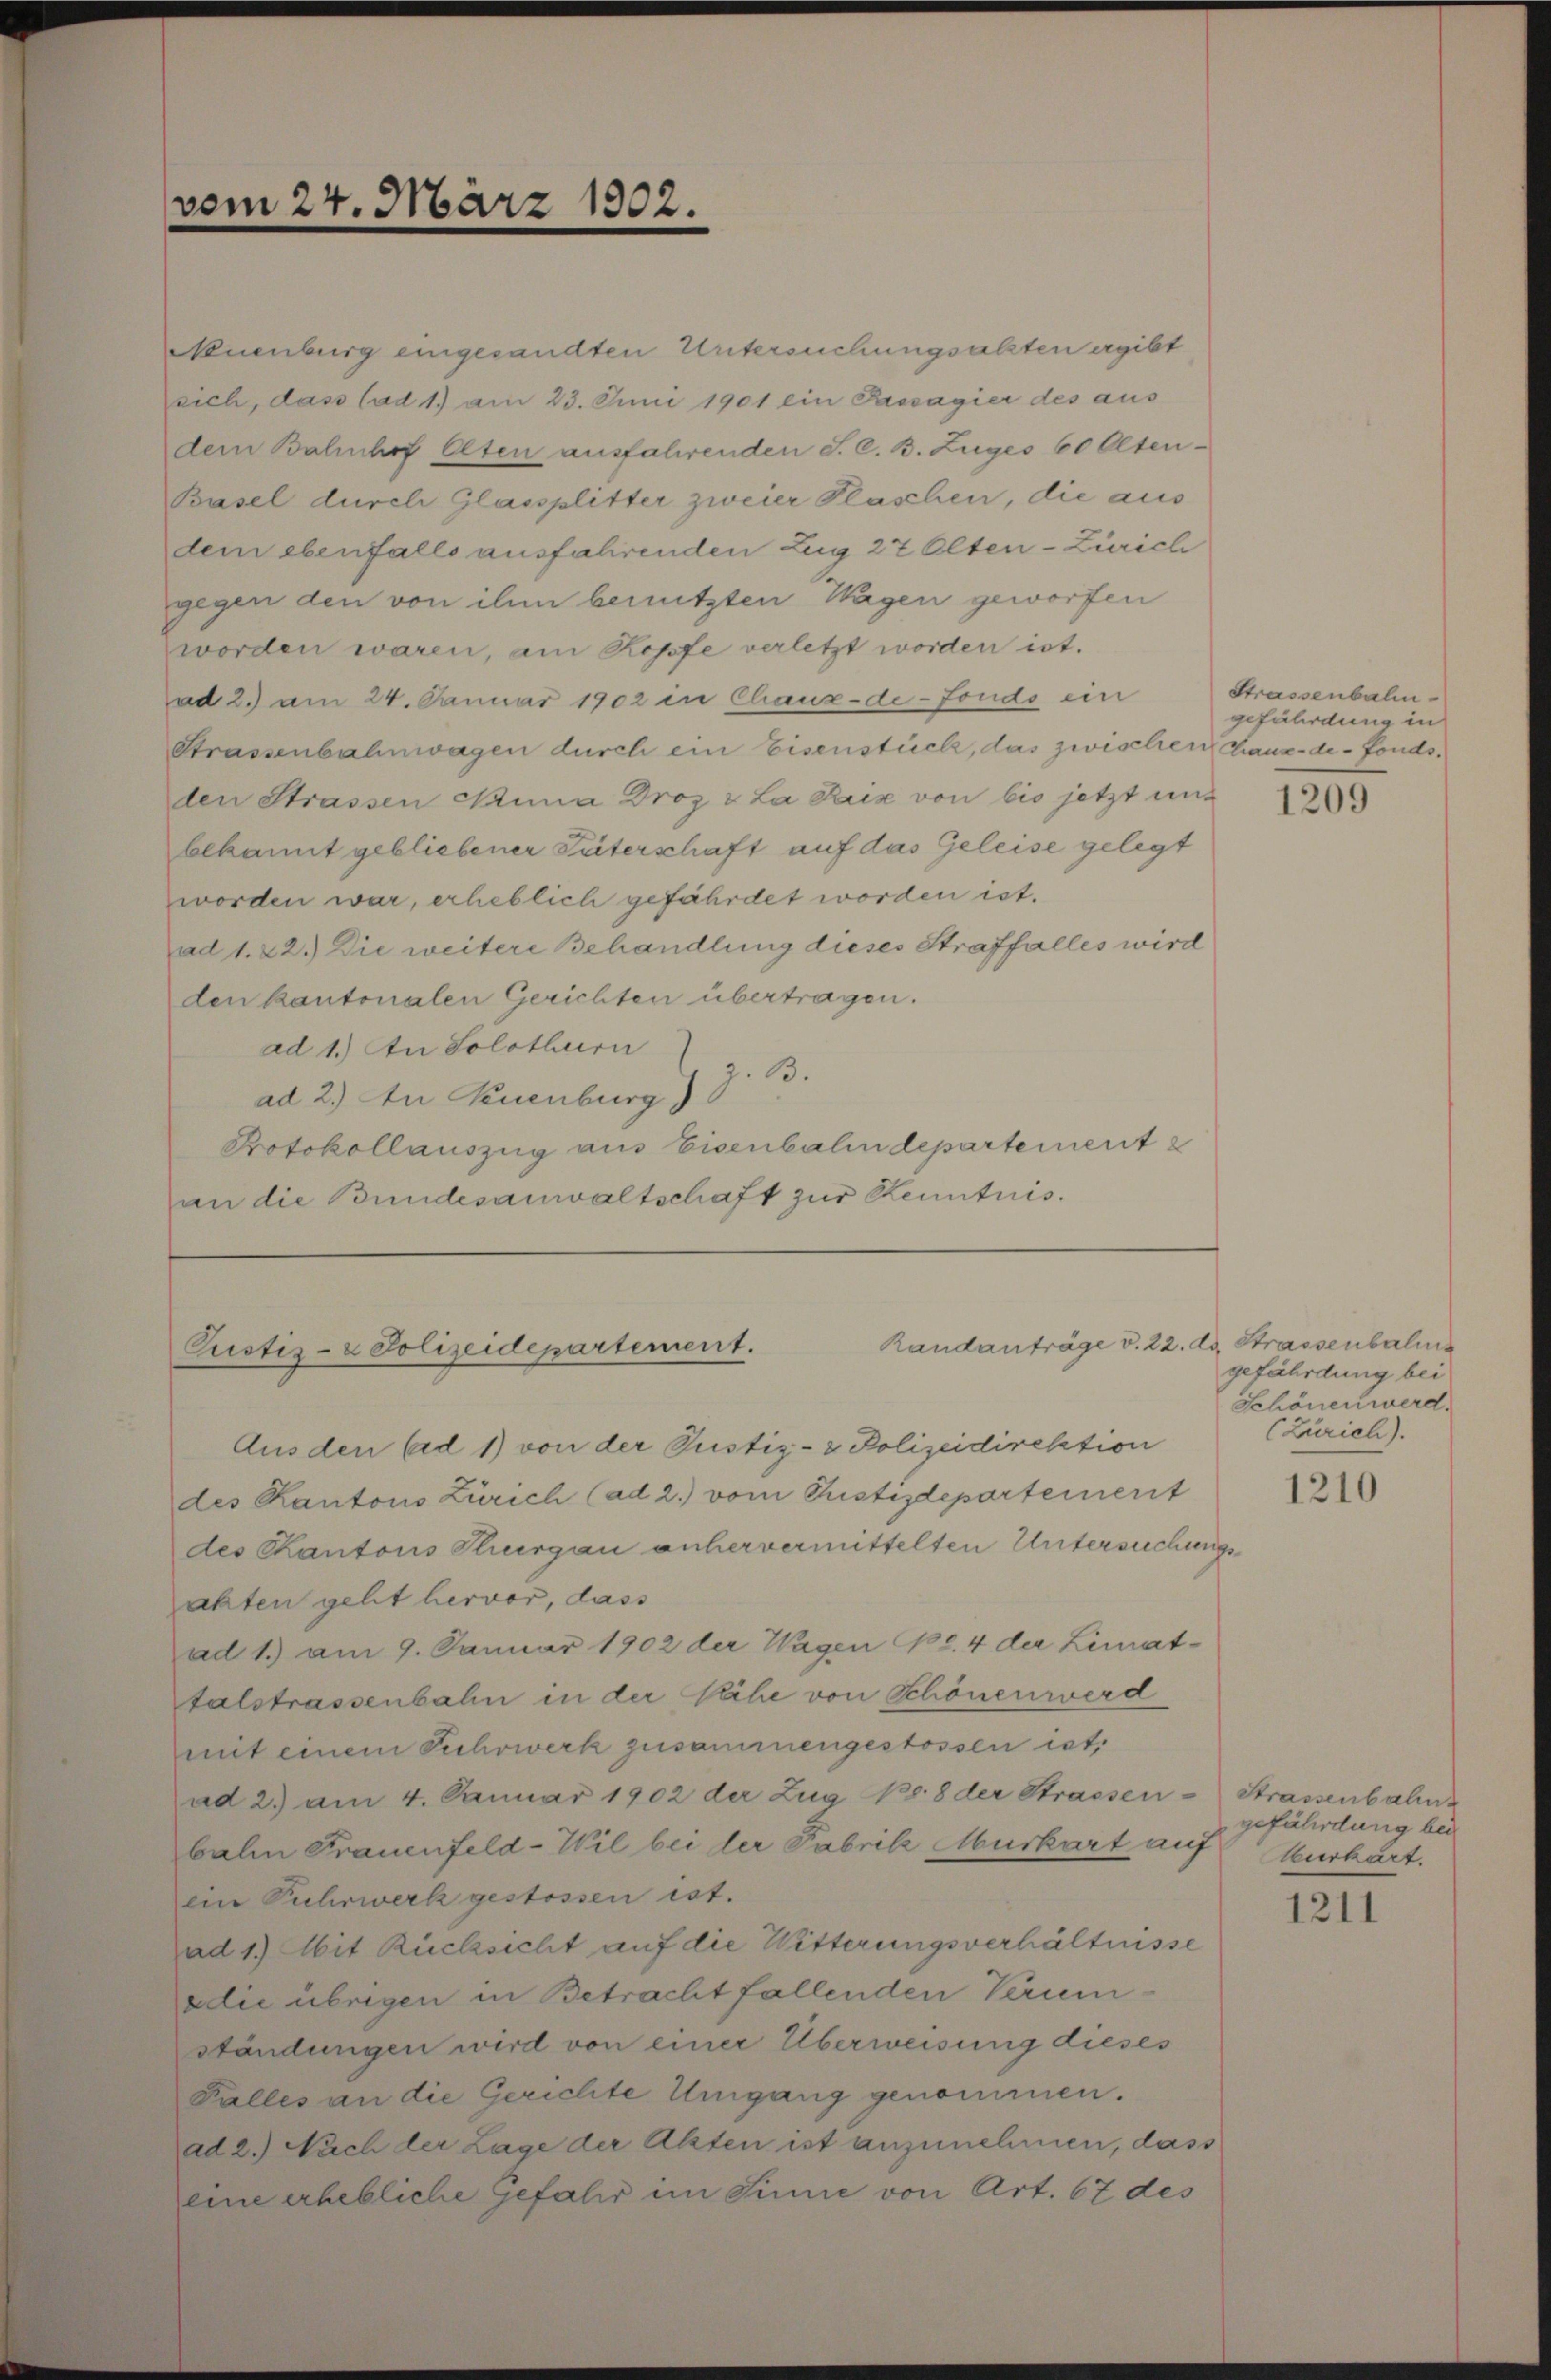
vom 24. März

Neuenburg eingesandten Untersuchungsakten ergibt
sich, das Cad 1) am 23. Juni 1901 ein Passagier des aus
dem Bahnhof Olten ausfahrenden S. C. B. Zuges 60 Olten-
Basel durch Glassplitter zweier Plaschen, die aus
dem ebenfalls ausfahrenden Zug 27 Olten-Zürich
gegen den von ihm benutzten Wagen geworfen
worden waren, am Kopfe verletzt worden ist.
ad 2.) am 24. Januar 1902 in Chaux-de-Fondo ein
Strassenbahnwagen durch ein Eisenstück, das zwischen Chaux-de-Fondsden Strassen Nina Droz & La Paix von bis jetzt und
bekannt gebliebener Väterschaft auf das Geleise gelegt
worden war, erheblich gefährdet worden ist.
ad 1. 22.) Die weitere Behandlung dieses Straffalles wird
den kantonalen Gerichten übertragen.
ad 1.) An Solothurn
ad 2.) An Keuenburg) J. B.
Protokollauszug aus Eisenbahndepartement
an die Bundesanwaltschaft zur Kenntnis.

1302.

Randanträge v. 22. d. Strassenbalis
Pustiz- & Polizeidepartement.

Aus den Eid 1) von der Justiz- & Polizeidirektion
des Kantons Zürich (ad 2.) vom Justizdepartement
des Kantons Thurgau anhervermittelten Untersuchungsahten geht hervor, dass
ad 1.) am 9. Januar 1902 der Wagen Nr. 4 der Limat-
talstrassenbahn in der Nähe von Schönen werd
mit einem Fuhrwerk zusammengestossen ist,
ad 2.) am 4. Januar 1902 der Zŭg 10. 8 der Strassen-
balm Frauenfeld-Wil bei der Fabrilz Murkart auf Verhärt.
ein Fuhrwerk gestossen ist.
ad 1.) Mit Rücksicht auf die Witterungsverhältnisse
adie übrigen in Betracht fallenden Verumständungen wird von einer Überweisung dieses
Falles an die Gerichte Umgang genommen.
ad 2.) Nach der Lage der Akten ist anzunehmen, dass
eine erhebliche Gefahr im Sinne von Art. 67 des

Strassenbalgefährden in

1209

gefährdung bei
Schönen werd.
(Zürich).

1210

Strassenbahn
gefährdung bei

1211